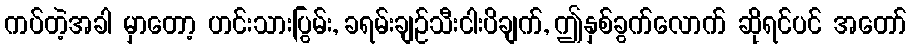
ကပ်တဲ့အခါ မှာတော့ ဟင်းသားပြွမ်း, ခရမ်းချဉ်သီးငါးပိချက်, ဤနှစ်ခွက်လောက် ဆိုရင်ပင် အတော်